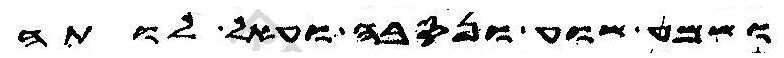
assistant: ושמע שוע ונסבה ועאל לותה